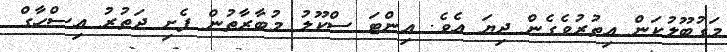
މަގުބޫލުކަން އިތުރުވެގެން ދިޔަ އެވެ. އިންޓަ ސްކޫލު މުބާރާތުން ފެށި ދަތުރު އިސްހާގް